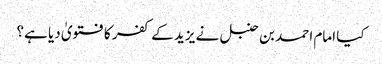
کیا امام احمد بن حنبل نے یزید کے کفر کا فتویٰ دیا ہے؟